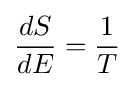
{\frac {dS}{dE}}={\frac {1}{T}}